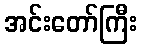
အင်းတော်ကြီး